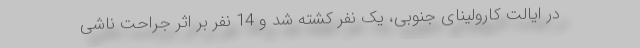
در ایالت کارولینای جنوبی، یک نفر کشته شد و 14 نفر بر اثر جراحت ناشی